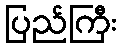
ပြည်ကြီး